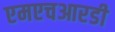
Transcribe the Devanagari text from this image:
एमएचआरडी